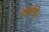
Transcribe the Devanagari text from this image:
वयसि।